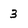
Character: 3